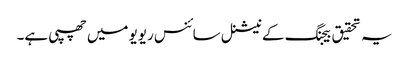
یہ تحقیق بیجنگ کے نیشنل سائنس ریویو میں چھپی ہے۔